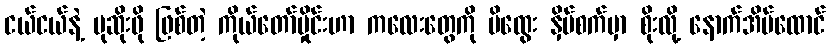
ငယ်ငယ်နဲ့ မုဆိုးဖို ဖြစ်တဲ့ ကိုယ်တော်မှိုင်းဟာ ကလေးတွေကို မိထွေး နှိပ်စက်မှာ စိုးလို့ နောက်အိမ်ထောင်